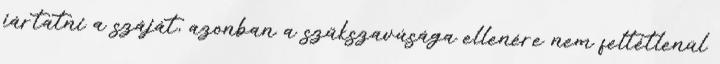
jártatni a száját, azonban a szűkszavúsága ellenére nem feltétlenül